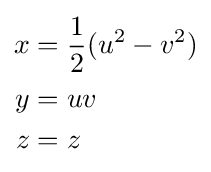
{\begin{aligned}x&={\frac {1}{2}}(u^{2}-v^{2})\\y&=uv\\z&=z\end{aligned}}